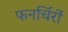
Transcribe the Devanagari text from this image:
फनर्चिरों